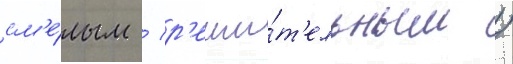
см'е́лым / р'еши́т'ельным /